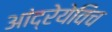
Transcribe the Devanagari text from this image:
आंद्रेयेविच